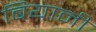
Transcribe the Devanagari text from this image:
बियानी